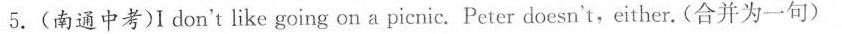
5.(南通中考)I don't like going on a picnic. Peter doesn't,either.(合并为一句)